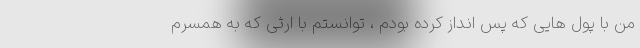
من با پول هایی که پس انداز کرده بودم ، توانستم با ارثی که به همسرم